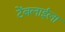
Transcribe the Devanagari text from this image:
टेंबलाईला